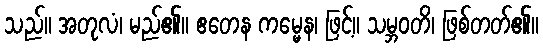
သည်။ အတုလံ၊ မည်၏။ ဧတေန ကမ္မေန၊ ဖြင့်။ သမ္ဘဝတိ၊ ဖြစ်တတ်၏။